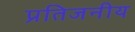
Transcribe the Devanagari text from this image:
प्रतिजनीय